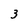
Character: 3